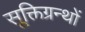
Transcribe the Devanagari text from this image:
सूक्तिग्रन्थों